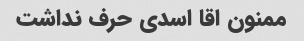
ممنون اقا اسدی حرف نداشت